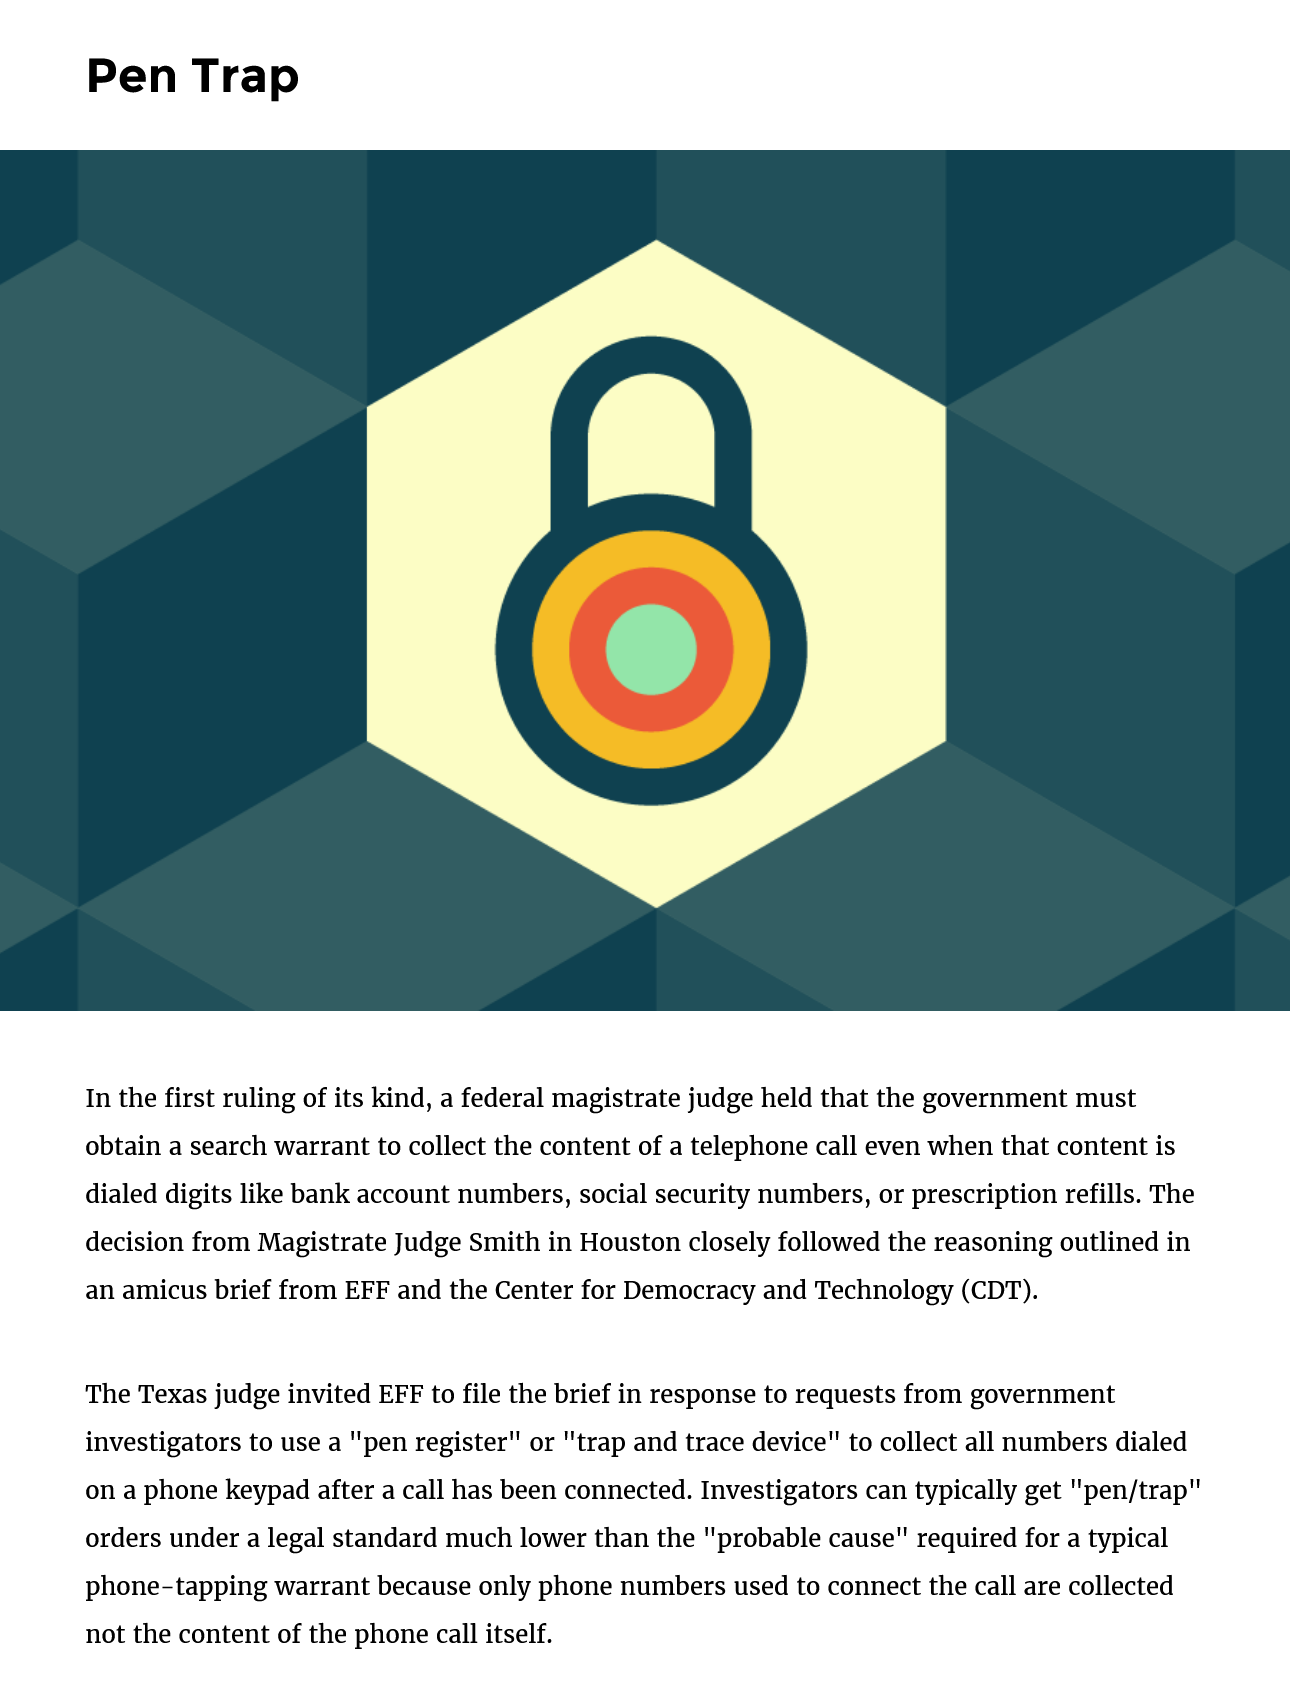
Pen    Trap
     In the first ruling of its kind, a federal magistrate judge held that the government must
     obtain a search warrant to collect the content of a telephone call even when that content is
     dialed digits like bank account numbers, social security numbers, or prescription refills. The
     decision from Magistrate Judge Smith in Houston closely followed the reasoning outlined in
     an amicus brief from EFF and the Center for Democracy and Technology (CDT).
     The Texas judge invited EFF to file the brief in response to requests from government
     investigators to use a "pen register" or "trap and trace device" to collect all numbers dialed
     on a phone keypad after a call has been connected. Investigators can typically get "pen/trap"
     orders under a legal standard much lower than the "probable cause" required for a typical
     phone-tapping warrant because only phone numbers used to connect the call are collected
     not the content of the phone call itself.